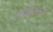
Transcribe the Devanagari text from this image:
रूपांतरातला